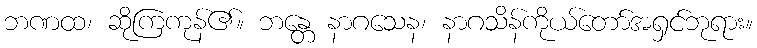
ဘဏထ၊ ဆိုကြကုန်၏။ ဘန္တေ နာဂသေန၊ နာဂသိန်ကိုယ်တော်အရှင်ဘုရား။